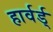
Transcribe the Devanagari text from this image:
हार्वर्ड्